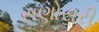
સણોસરી